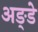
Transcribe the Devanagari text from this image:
अङ्डे